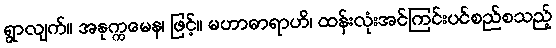
ရွာလျက်။ အနုက္ကမေန၊ ဖြင့်။ မဟာဓာရာဟိ၊ ထန်းလုံးအင်ကြင်းပင်စည်စသည့်